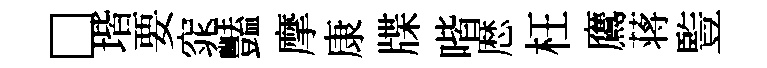
□堦要窕豔摩康牒喈厯枉鷹蒋䜿